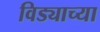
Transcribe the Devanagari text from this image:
विड्याच्‍या